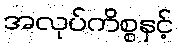
အလုပ်ကိစ္စနှင့်